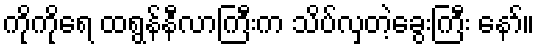
ကိုကိုရေ ထရွန်နီလာကြီးက သိပ်လှတဲ့ခွေးကြီး နော်။